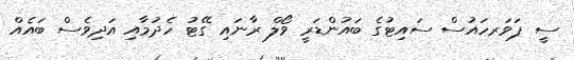
ސީ ޕަވަރހައުސް ސައިޓުގެ ބައުންޑަރީ ވޯލް ރާނައި ގޭޓު ހެދުމާއި އަދިވެސް ބައެއް